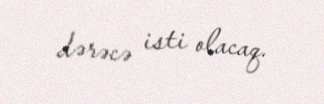
dərəcə isti olacaq.